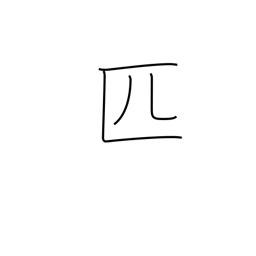
Meaning: roll of cloth